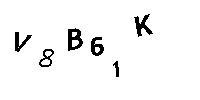
V8B61K